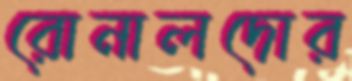
রোনালদোর